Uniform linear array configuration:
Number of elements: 4
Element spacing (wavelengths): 1
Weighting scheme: exponential
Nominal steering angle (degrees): -60
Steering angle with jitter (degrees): -61.585
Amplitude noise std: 0.05
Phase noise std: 0.05

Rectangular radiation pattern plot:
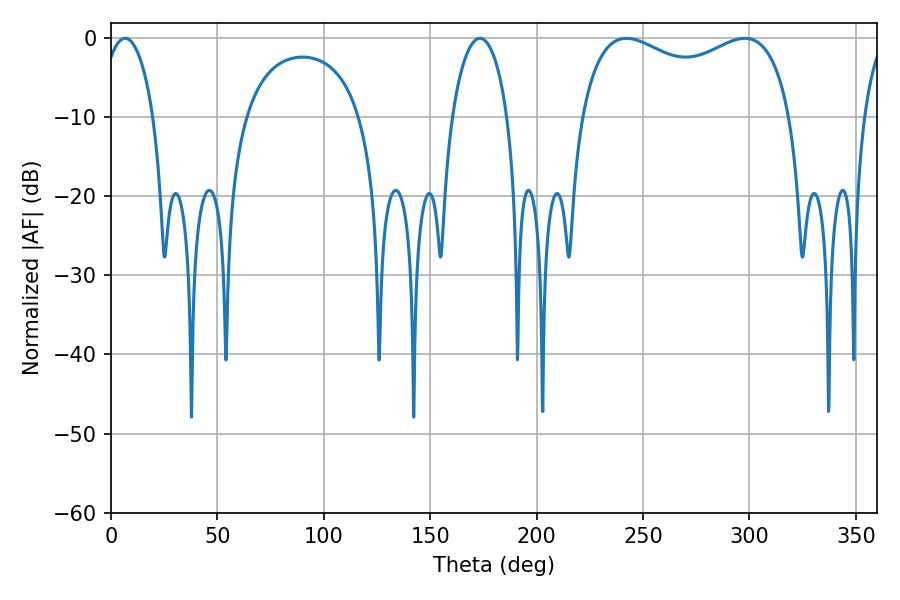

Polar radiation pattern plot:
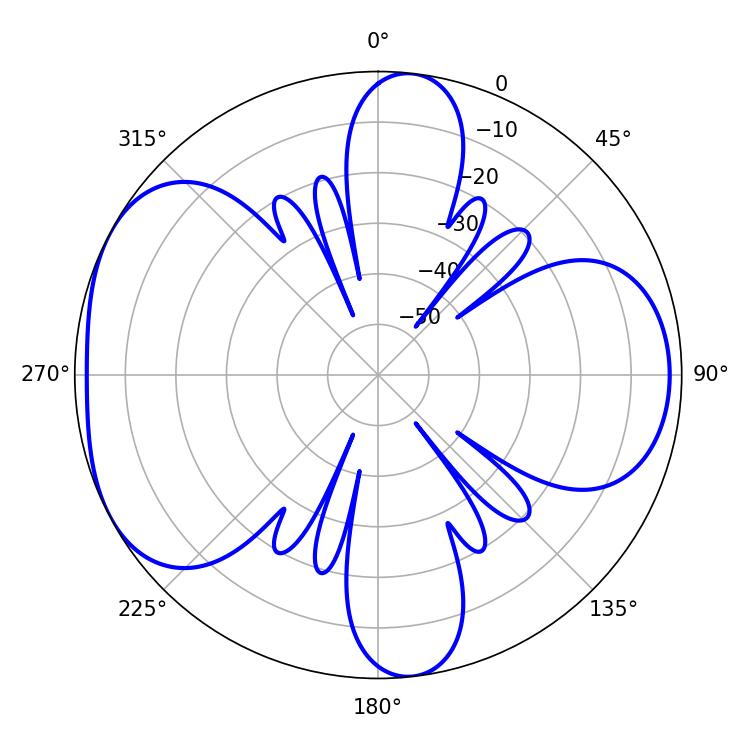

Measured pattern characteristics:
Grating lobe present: TRUE
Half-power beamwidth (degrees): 14.04
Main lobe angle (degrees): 6.66